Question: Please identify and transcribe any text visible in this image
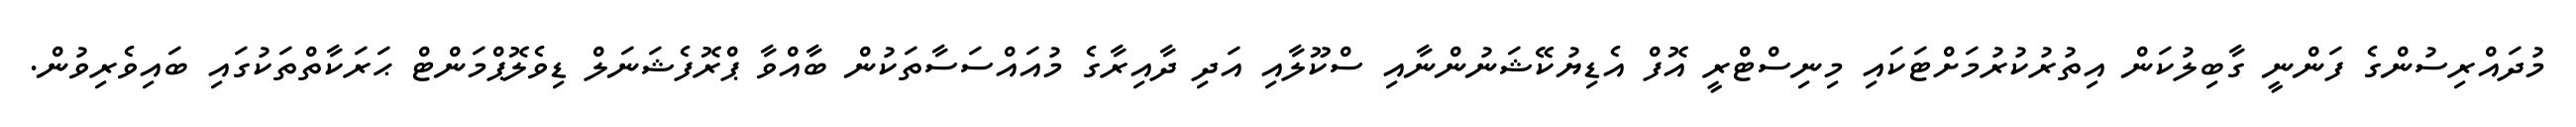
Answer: މުދައްރިސުންގެ ފަންނީ ގާބިލުކަން އިތުރުކުރުމަށްޓަކައި މިނިސްޓްރީ އޮފް އެޑިޔުކޭޝަނުންނާއި ސްކޫލާއި އަދި ދާއިރާގެ މުއައްސަސާތަކުން ބާއްވާ ޕްރޮފެޝަނަލް ޑިވެލޮޕްމަންޓް ޙަރަކާތްތަކުގައި ބައިވެރިވުން.